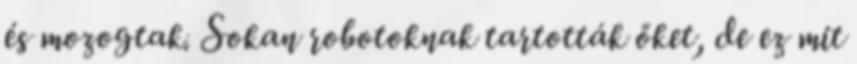
és mozogtak. Sokan robotoknak tartották őket, de ez mit